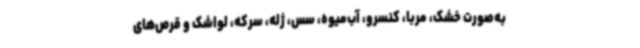
به‌صورت خشک، مربا، کنسرو، آب‌میوه، سس، ژله، سرکه، لواشک و قرص‌های